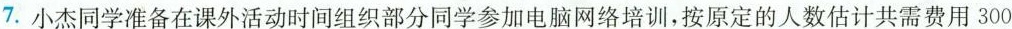
7.小杰同学准备在课外活动时间组织部分同学参加电脑网络培训，按原定的人数估计共需费用300